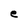
Character: e